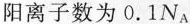
阳离子数为0.1N_{A}